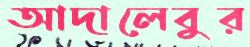
আদালেবুর